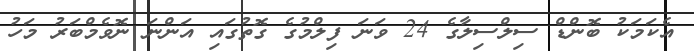
އެކަމަކު ބޮންޑް ސިލްސިލާގެ 24 ވަނަ ފިލްމުގެ ގޮތުގައި އަންނަ ނޮވެމްބަރު މަހު